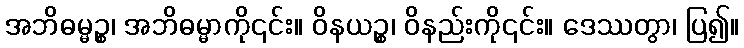
အဘိဓမ္မဉ္စ၊ အဘိဓမ္မာကို၎င်း။ ဝိနယဉ္စ၊ ဝိနည်းကို၎င်း။ ဒေဿတွာ၊ ပြ၍။